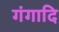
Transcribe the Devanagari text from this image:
गंगादि